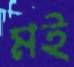
মই